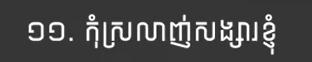
១១. កុំស្រលាញ់សង្សារខ្ញុំ